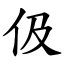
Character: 伋